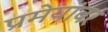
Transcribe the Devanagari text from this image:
प्रमेयांवर